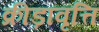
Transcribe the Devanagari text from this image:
क्रीड़ावृत्ति